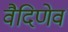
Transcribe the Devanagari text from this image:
वैदिणेव